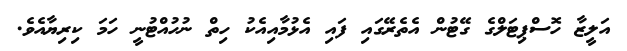
އަލީޒާ ހޮސްޕިޓަލްގެ ގޭޓުން އެތެރޭގައި ފައި އެޅުމާއިއެކު ހިތް ނުހުއްޓުނީ ހަމަ ކިރިޔާއެވެ.